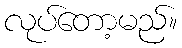
လုပ်တော့မည်။